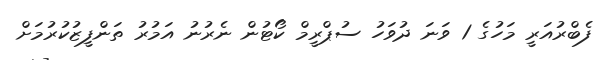
ފެބްރުއަރީ މަހުގެ 1 ވަނަ ދުވަހު ސުޕްރީމް ކޯޓުން ނެރުނު އަމުރު ތަންފީޒުކުރުމަށް